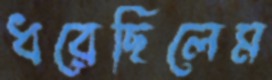
ধরেছিলেম